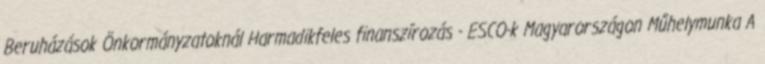
Beruházások Önkormányzatoknál Harmadikfeles finanszírozás - ESCO-k Magyarországon Műhelymunka A